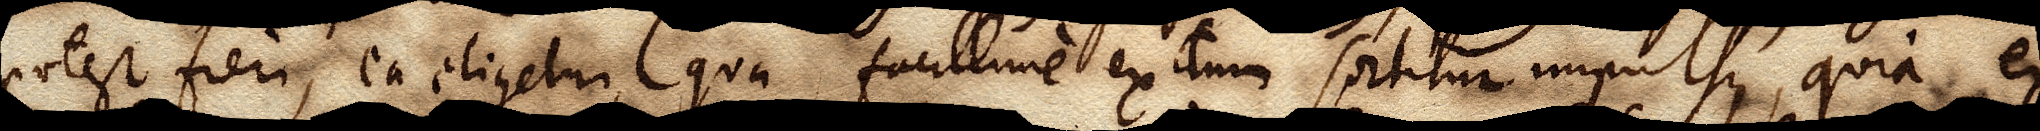
potest fieri, ea eligetur, qua facillime exitum sortitur impulsus, quia ex